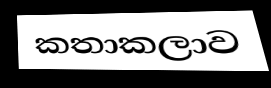
කතාකලාව